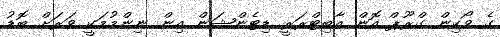
ގެ ވޯކިން ގްރޫޕް އޮން އާބިޓްރަރީ ޑިޓެންޝަން އިން ނިންމުމަކީ ވަރަށް ބޮޑު